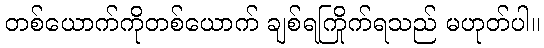
တစ်ယောက်ကိုတစ်ယောက် ချစ်ရကြိုက်ရသည် မဟုတ်ပါ။